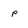
Character: p